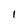
Character: I